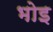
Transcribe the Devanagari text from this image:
भोइ